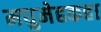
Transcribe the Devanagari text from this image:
मधुमेहकहा